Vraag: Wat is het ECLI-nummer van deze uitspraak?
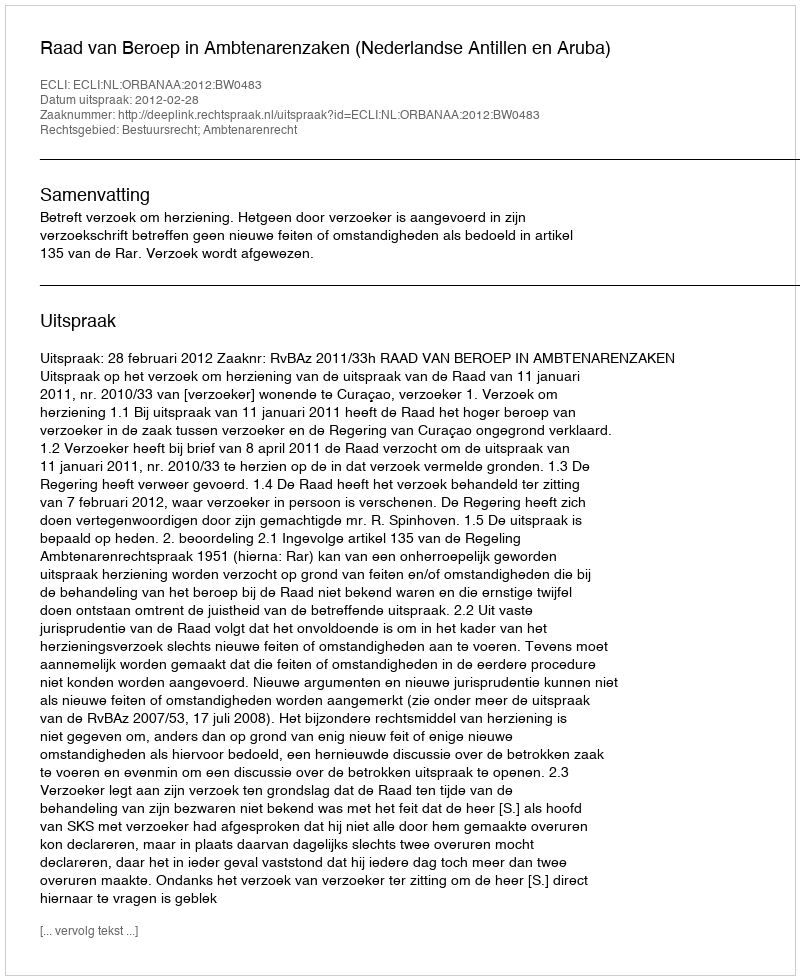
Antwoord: ECLI:NL:ORBANAA:2012:BW0483